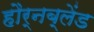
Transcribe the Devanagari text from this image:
हौर्नब्लेंड